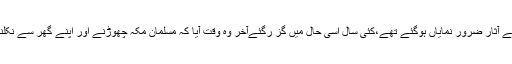
مگر ذہن میں تبدیلی کے آثار ضرور نمایاں ہوگئے تھے،کئی سال اسی حال میں گز رگئےآخر وہ وقت آیا کہ مسلمان مکہ چھوڑنے اور اپنے گھر سے نکلنے پر مجبور ہو گئے۔